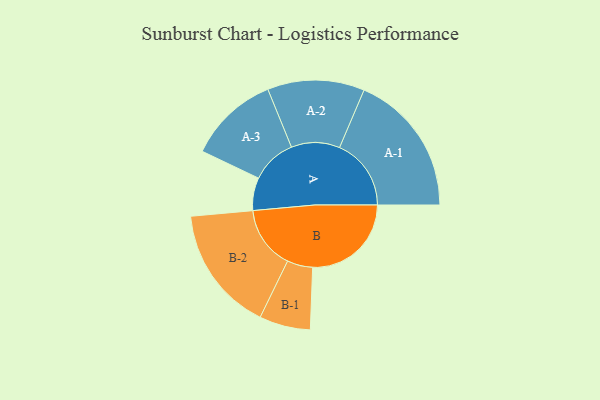
{"axis": {"x": "Segment", "y": "Value"}, "legend": ["", "A", "B"], "data": [{"x": "A", "y": 136, "type": ""}, {"x": "B", "y": 409, "type": ""}, {"x": "A-1", "y": 297, "type": "A"}, {"x": "A-2", "y": 201, "type": "A"}, {"x": "A-3", "y": 188, "type": "A"}, {"x": "B-1", "y": 106, "type": "B"}, {"x": "B-2", "y": 261, "type": "B"}]}